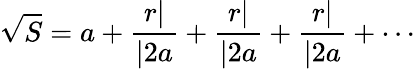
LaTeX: {\sqrt{S}}=a+{\frac{r|}{|2a}}+{\frac{r|}{|2a}}+{\frac{r|}{|2a}}+\cdots